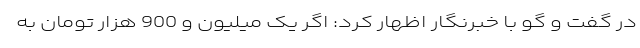
در گفت و گو با خبرنگار اظهار کرد: اگر یک میلیون و 900 هزار تومان به